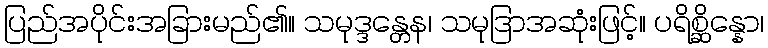
ပြည်အပိုင်းအခြားမည်၏။ သမုဒ္ဒန္တေန၊ သမုဒြာအဆုံးဖြင့်။ ပရိစ္ဆိန္နော၊